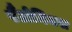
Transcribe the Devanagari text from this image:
पैंटोमिमस